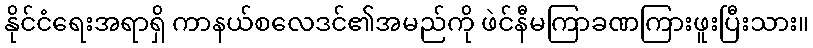
နိုင်ငံရေးအရာရှိ ကာနယ်စလေဒင်၏အမည်ကို ဖဲင်နီမကြာခဏကြားဖူးပြီးသား။